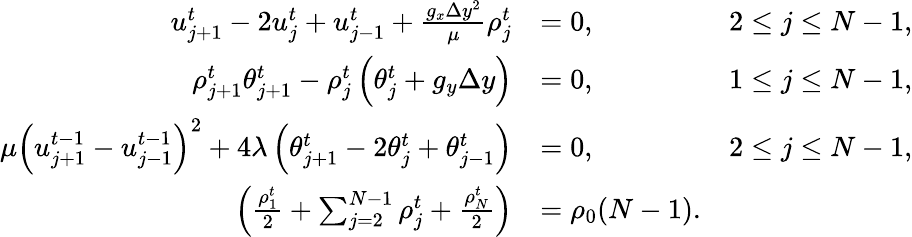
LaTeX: \begin{array}{rlr}{u_{j+1}^{t}-2u_{j}^{t}+u_{j-1}^{t}+\frac{g_{x}\Delta y^{2}}{\mu}\rho_{j}^{t}}&{=0,\quad}&{2\leq j\leq N-1,}\\ {\rho_{j+1}^{t}\theta_{j+1}^{t}-\rho_{j}^{t}\left(\theta_{j}^{t}+g_{y}\Delta y\right)}&{=0,\quad}&{1\leq j\leq N-1,}\\ {\mu\left(u_{j+1}^{t-1}-u_{j-1}^{t-1}\right)^{2}+4\lambda\left(\theta_{j+1}^{t}-2\theta_{j}^{t}+\theta_{j-1}^{t}\right)}&{=0,\quad}&{2\leq j\leq N-1,}\\ {\left(\frac{\rho_{1}^{t}}{2}+\sum_{j=2}^{N-1}\rho_{j}^{t}+\frac{\rho_{N}^{t}}{2}\right)}&{=\rho_{0}(N-1).}\end{array}